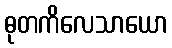
ဓုတကိလေသာယော